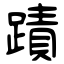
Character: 蹟